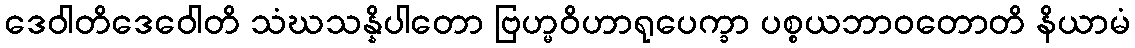
ဒေဝါတိဒေဝေါတိ သံဃသန္နိပါတော ဗြဟ္မဝိဟာရုပေက္ခာ ပစ္စယဘာဝတောတိ နိယာမံ